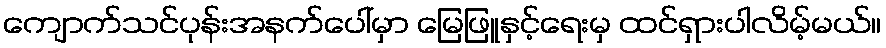
ကျောက်သင်ပုန်းအနက်ပေါ်မှာ မြေဖြူနှင့်ရေးမှ ထင်ရှားပါလိမ့်မယ်။